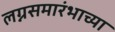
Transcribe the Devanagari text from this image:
लग्नसमारंभाच्या